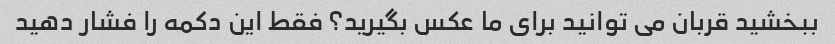
ببخشید قربان می توانید برای ما عکس بگیرید؟ فقط این دکمه را فشار دهید